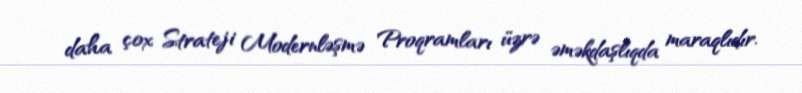
daha çox Strateji Modernləşmə Proqramları üzrə əməkdaşlıqda maraqlıdır.